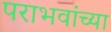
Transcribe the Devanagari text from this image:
पराभवांच्या